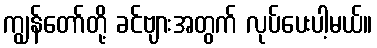
ကျွန်တော်တို့ ခင်ဗျားအတွက် လုပ်ပေးပါ့မယ်။